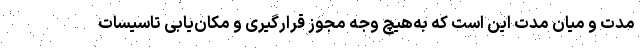
مدت و میان مدت این است که به‌هیچ وجه مجوز قرارگیری و مکان‌یابی تاسیسات